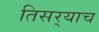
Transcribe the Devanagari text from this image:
तिसर्‍याच